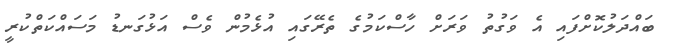
ބައްދަލުކޮށްފައި އެ ވަގުތު ވަރަށް ހާސްކަމުގެ ތެރޭގައި އުޅެމުން ވެސް އަޅުގަނޑު މަސައްކަތްކުރީ